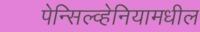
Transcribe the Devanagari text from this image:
पेन्सिल्व्हेनियामधील